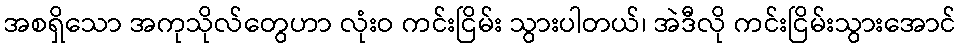
အစရှိသော အကုသိုလ်တွေဟာ လုံးဝ ကင်းငြိမ်း သွားပါတယ်၊ အဲဒီလို ကင်းငြိမ်းသွားအောင်